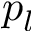
p _ { l }